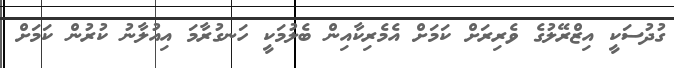
ގުދުސަކީ އިޒްރޭލުގެ ވެރިރަށް ކަމަށް އެމެރިކާއިން ބެލުމަކީ ހަނގުރާމަ އިއުލާނު ކުރުން ކަމަށް